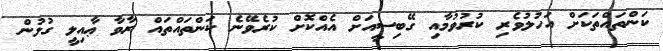
ކަންތައްތަކަށް އަހުލުވެރި ކުރުވުމާއި ގޭބިސީއަށް އެއްކޮށް ކުރެވޭނެ ކަންތައްތައް ރާވާ ޢާއިލީ ގުޅުން